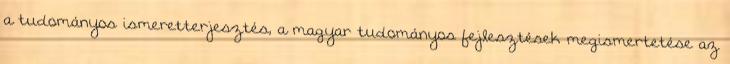
a tudományos ismeretterjesztés, a magyar tudományos fejlesztések megismertetése az